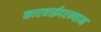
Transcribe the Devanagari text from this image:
कारवाईदरम्यान